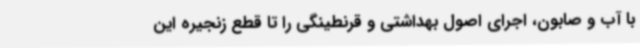
با آب و صابون، اجرای اصول بهداشتی و قرنطینگی را تا قطع زنجیره این